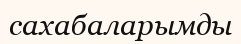
сахабаларымды